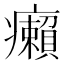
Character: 癩